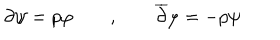
\partial \psi = p \varphi \qquad , \qquad \overline { { { \partial } } } \varphi = - p \psi